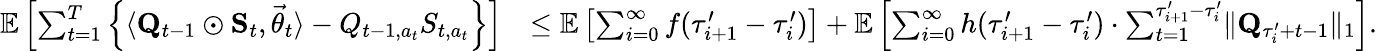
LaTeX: \begin{array}{rl}{\mathbb E\left[\sum_{t=1}^{T}\left\{ \langle\mathbf Q_{t-1}\odot\mathbf S_{t},\vec{\theta}_{t}\rangle-Q_{t-1,a_{t}}S_{t,a_{t}}\right\} \right]}&{\le\mathbb E\left[\sum_{i=0}^{\infty}f(\tau_{i+1}^{\prime}-\tau_{i}^{\prime})\right]+\mathbb E\left[\sum_{i=0}^{\infty}h(\tau_{i+1}^{\prime}-\tau_{i}^{\prime})\cdot\sum_{t=1}^{\tau_{i+1}^{\prime}-\tau_{i}^{\prime}}\lVert\mathbf Q_{\tau_{i}^{\prime}+t-1}\rVert_{1}\right].}\end{array}